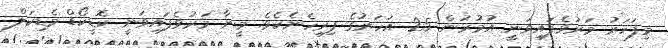
މިފަހަރު މަރުވެފައިވަނީ އުމުރުން 25 އަހަރުގެ ފިރިހެނެކެވެ. މީނާ މަރުވެފައިވަނީ ކޮޑީކޯޑް މެޑިކަލް